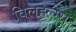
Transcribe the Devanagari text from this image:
विलहेल्म्स